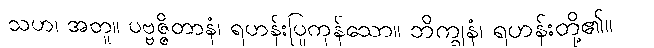
သဟ၊ အတူ။ ပဗ္ဗဇ္ဇိတာနံ၊ ရဟန်းပြုကုန်သော။ ဘိက္ခုနံ၊ ရဟန်းတို့၏။